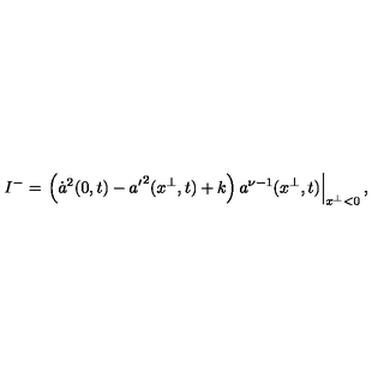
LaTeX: I ^ { - } = \left. \left( \dot { a } ^ { 2 } ( 0 , t ) - { a ^ { \prime } } ^ { 2 } ( x ^ { \perp } , t ) + k \right) a ^ { \nu - 1 } ( x ^ { \perp } , t ) \right| _ { x ^ { \perp } < 0 } ,